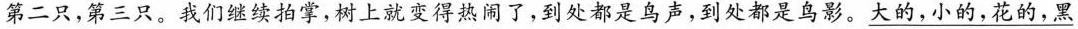
第二只，第三只。我们继续拍掌，树上就变得热闹了，到处都是鸟声，到处都是鸟影。\underline{大的，小的，花的，黑}